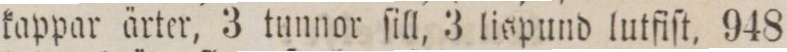
kappar ärter, 3 tunnor ſill, 3 lispund lutfiſt, 948